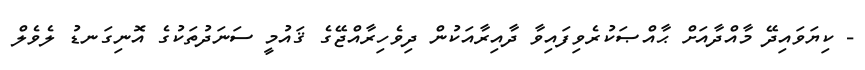
- ކިޔަވައިދޭ މާއްދާއަށް ޙާއްޞަކުރެވިފައިވާ ދާއިރާއަކުން ދިވެހިރާއްޖޭގެ ޤައުމީ ސަނަދުތަކުގެ އޮނިގަނޑު ލެވެލް